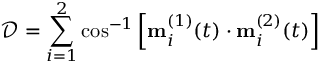
\mathcal { D } = \sum _ { i = 1 } ^ { 2 } \cos ^ { - 1 } \left[ \mathbf { m } _ { i } ^ { ( 1 ) } ( t ) \cdot \mathbf { m } _ { i } ^ { ( 2 ) } ( t ) \right]